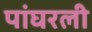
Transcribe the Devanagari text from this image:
पांघरली